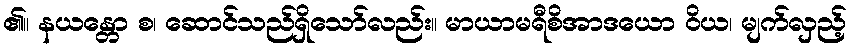
၏။ နယန္တော စ၊ ဆောင်သည်ရှိသော်လည်း။ မာယာမရီစိအာဒယော ဝိယ၊ မျက်လှည့်